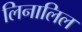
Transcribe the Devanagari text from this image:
लिनालिल